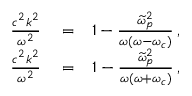
\begin{array} { r l r } { \frac { c ^ { 2 } k ^ { 2 } } { \omega ^ { 2 } } } & { { } = } & { 1 - \frac { \widetilde { \omega } _ { p } ^ { 2 } } { \omega ( \omega - \omega _ { c } ) } \, , } \\ { \frac { c ^ { 2 } k ^ { 2 } } { \omega ^ { 2 } } } & { { } = } & { 1 - \frac { \widetilde { \omega } _ { p } ^ { 2 } } { \omega ( \omega + \omega _ { c } ) } \, , } \end{array}